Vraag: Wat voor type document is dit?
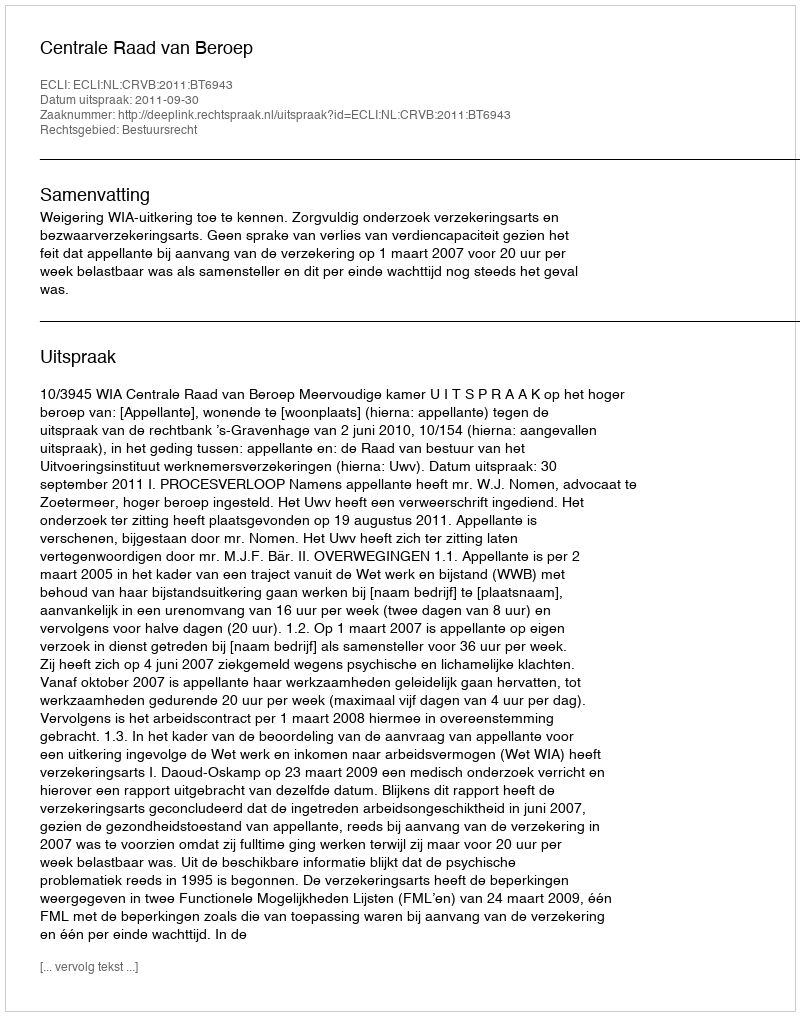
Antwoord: Uitspraak